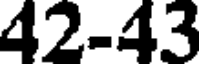
42-43